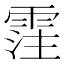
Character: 霔